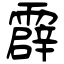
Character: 霹